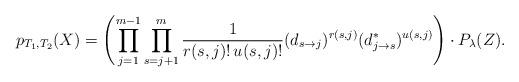
LaTeX: \begin{align*} p_{T_1, T_2 }(X) = \left( \prod_{j=1}^{m-1} \prod_{s=j+1}^m \frac{1}{r(s,j)!\,u(s,j)!} (d_{s \to j})^{r(s,j)} (d_{j \to s}^*)^{u(s,j)}\right) \cdot P_{\lambda}(Z).\end{align*}